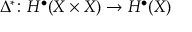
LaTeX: \Delta ^ { * } \colon H ^ { \bullet } ( X \times X ) \to H ^ { \bullet } ( X )